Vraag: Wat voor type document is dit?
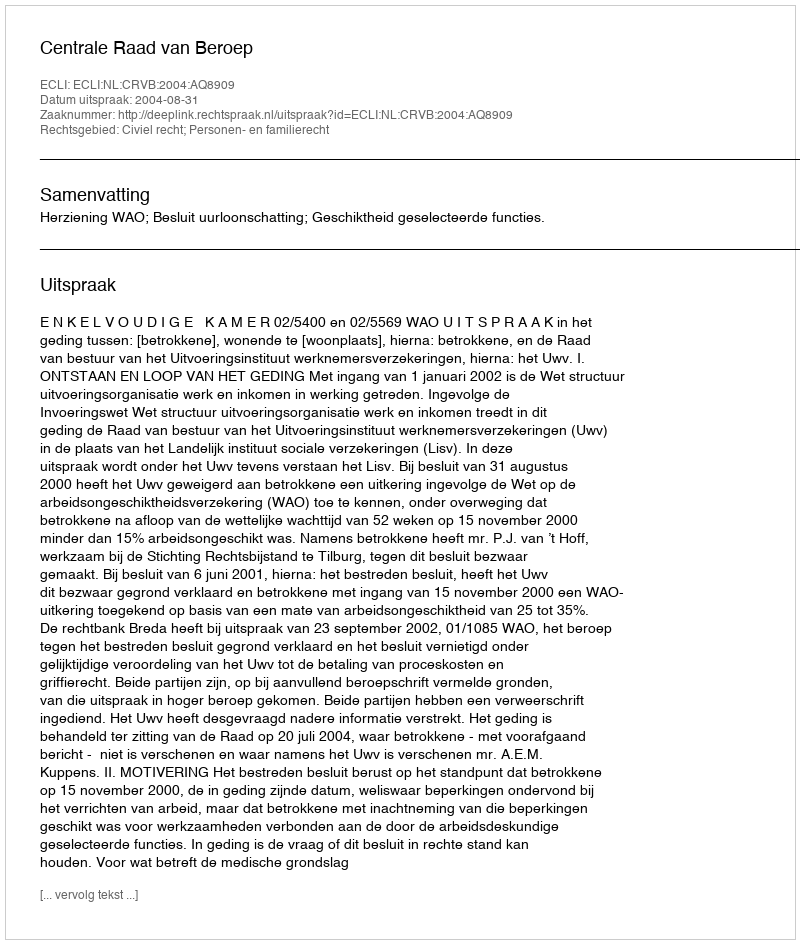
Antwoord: Uitspraak